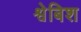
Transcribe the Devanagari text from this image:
श्वेबिश